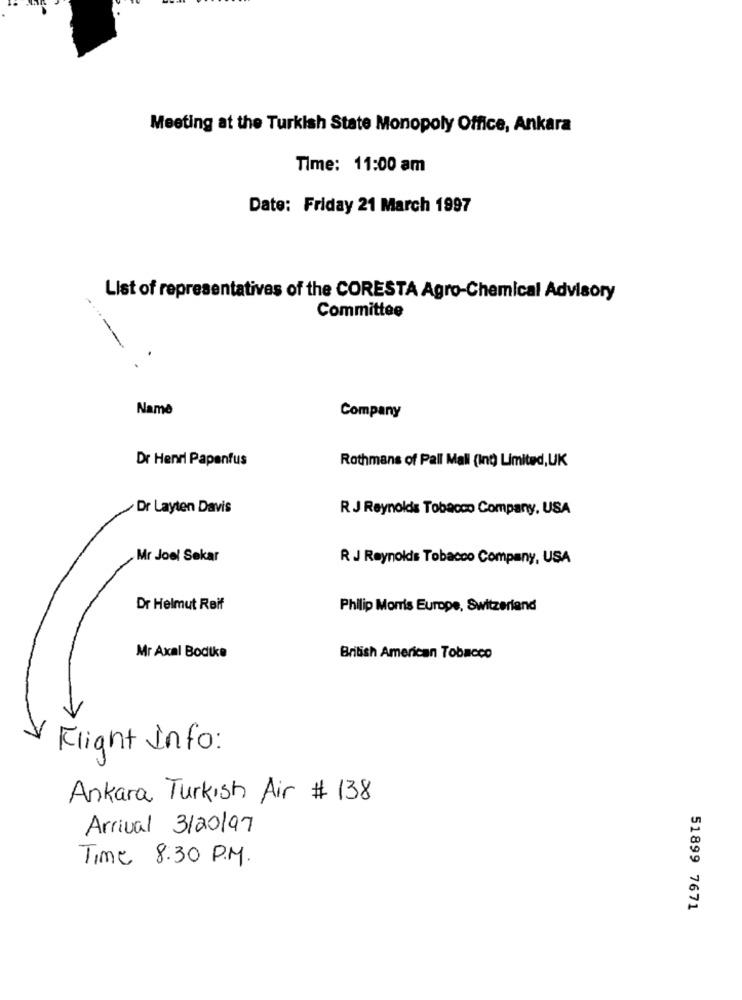
Meeting at the Turkish State Monopoly Office, Ankara
Time: 11:00 am
Date: Friday 21 March 1997
List of representatives of the CORESTA Agro-Chemical Advisory
Committee
Name
Company
Dr Henri Papanfus
Rothmans of Pall Mall (Ing) Limited, UK
Dr Layten Davis
R J Reynolds Tobacco Company, USA
Mr Joel Sekar
R J Reynolds Tobacco Company, USA
Dr Helmut Reif
Philip Morris Europe, Switzerland
Mr Axal Bodike
British American Tobacco
Flight Info:
Ankara Turkish Air # 138
Arrival 3/20/97
Time 8:30 P.M.
51899 7671